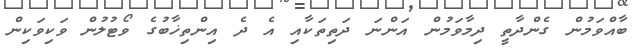
ބާއްވަމުން ގެންދާތީ ދިމާވަމުން އަންނަ ދަތިތަކާއި އެ ދެ އިންތިޚާބުގެ ވޯޓުލުން ވަކިވަކިން